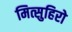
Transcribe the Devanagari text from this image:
मित्सुहिरो